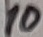
Text: 10